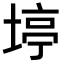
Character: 𪣹